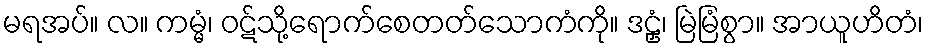
မရအပ်။ လ။ ကမ္မံ၊ ဝဋ်သို့ရောက်စေတတ်သောကံကို။ ဒဠှံ၊ မြဲမြံစွာ။ အာယူဟိတံ၊